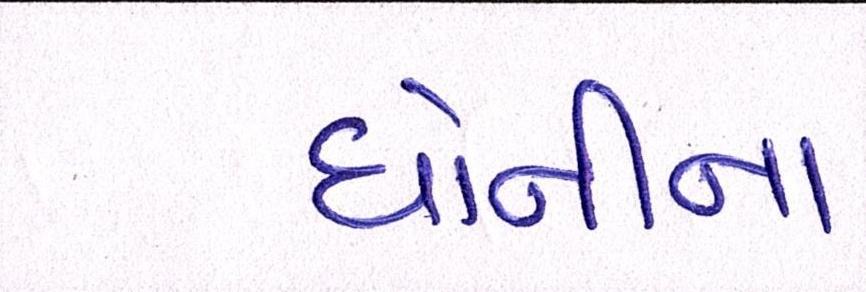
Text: ધોનીના